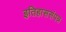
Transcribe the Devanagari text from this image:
इतिहाससंपन्न